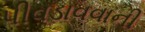
પીવડાવવાની